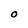
Character: O